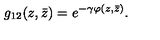
g _ { 1 2 } ( z , \bar { z } ) = e ^ { - \gamma \varphi ( z , \bar { z } ) } .